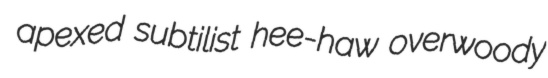
apexed subtilist hee-haw overwoody